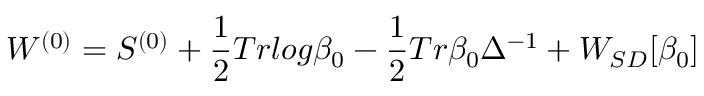
W ^ { ( 0 ) } = S ^ { ( 0 ) } + \frac { 1 } { 2 } T r l o g \beta _ { 0 } - \frac { 1 } { 2 } T r \beta _ { 0 } \Delta ^ { - 1 } + W _ { S D } [ \beta _ { 0 } ]